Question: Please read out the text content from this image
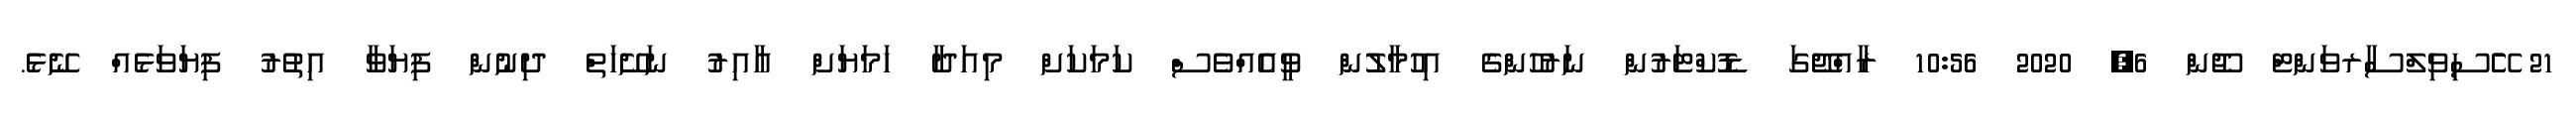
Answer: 21 ޭެެެސިވިލްސާރވަންޓް ޖޫން 6, 2020 10:56 ރާއްޖޭގަ ޑޮކްޓަރުން ނަރުހުންގެ އިހުމާލުން ވީއެއްވެސް ކަމަކަށް މިއަދާ ހަމަޔަށް އާއިރު ނަށޭހަތް ދިނުން ފިޔަވާ އިތުރު ފިޔަވަޅެއް ނޭޅެ.